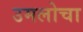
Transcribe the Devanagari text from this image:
उमलोचा